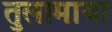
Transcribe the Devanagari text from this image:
तुलामाया